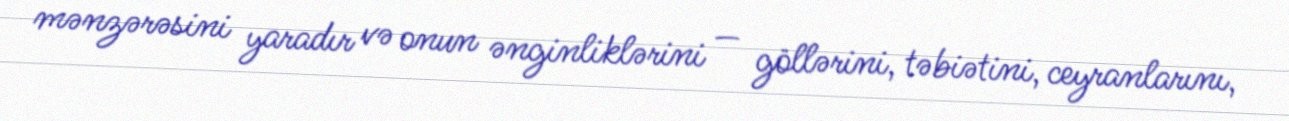
mənzərəsini yaradır və onun ənginliklərini — göllərini, təbiətini, ceyranlarını,